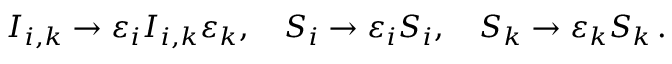
I _ { i , k } \to \varepsilon _ { i } I _ { i , k } \varepsilon _ { k } , \quad S _ { i } \to \varepsilon _ { i } S _ { i } , \quad S _ { k } \to \varepsilon _ { k } S _ { k } \, .